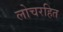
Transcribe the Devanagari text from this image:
लोचरहित